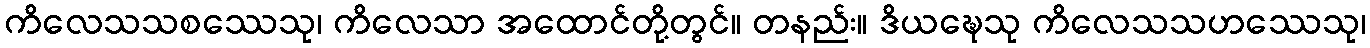
ကိလေသသစဿေသု၊ ကိလေသာ အထောင်တို့တွင်။ တနည်း။ ဒိယဍ္ဎေသု ကိလေသသဟဿေသု၊